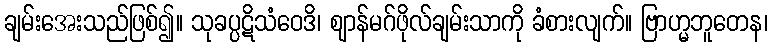
ချမ်းအေးသည်ဖြစ်၍။ သုခပ္ပဋိသံဝေဒိ၊ ဈာန်မဂ်ဖိုလ်ချမ်းသာကို ခံစားလျက်။ ဗြာဟ္မဘူတေန၊